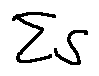
\sum S